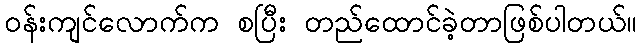
ဝန်းကျင်လောက်က စပြီး တည်ထောင်ခဲ့တာဖြစ်ပါတယ်။